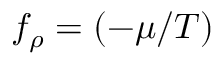
f _ { \rho } = ( - \mu / T )